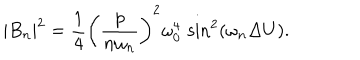
| B _ { n } | ^ { 2 } = { \frac { 1 } { 4 } } \left( { \frac { p } { n \omega _ { n } } } \right) ^ { 2 } \omega _ { 0 } ^ { 4 } \, \sin ^ { 2 } ( \omega _ { n } \Delta U ) .